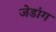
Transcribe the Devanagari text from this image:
जेडांग